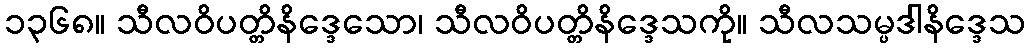
၁၃၆၈။ သီလဝိပတ္တိနိဒ္ဒေသော၊ သီလဝိပတ္တိနိဒ္ဒေသကို။ သီလသမ္ပဒါနိဒ္ဒေသ